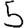
Digit: 5